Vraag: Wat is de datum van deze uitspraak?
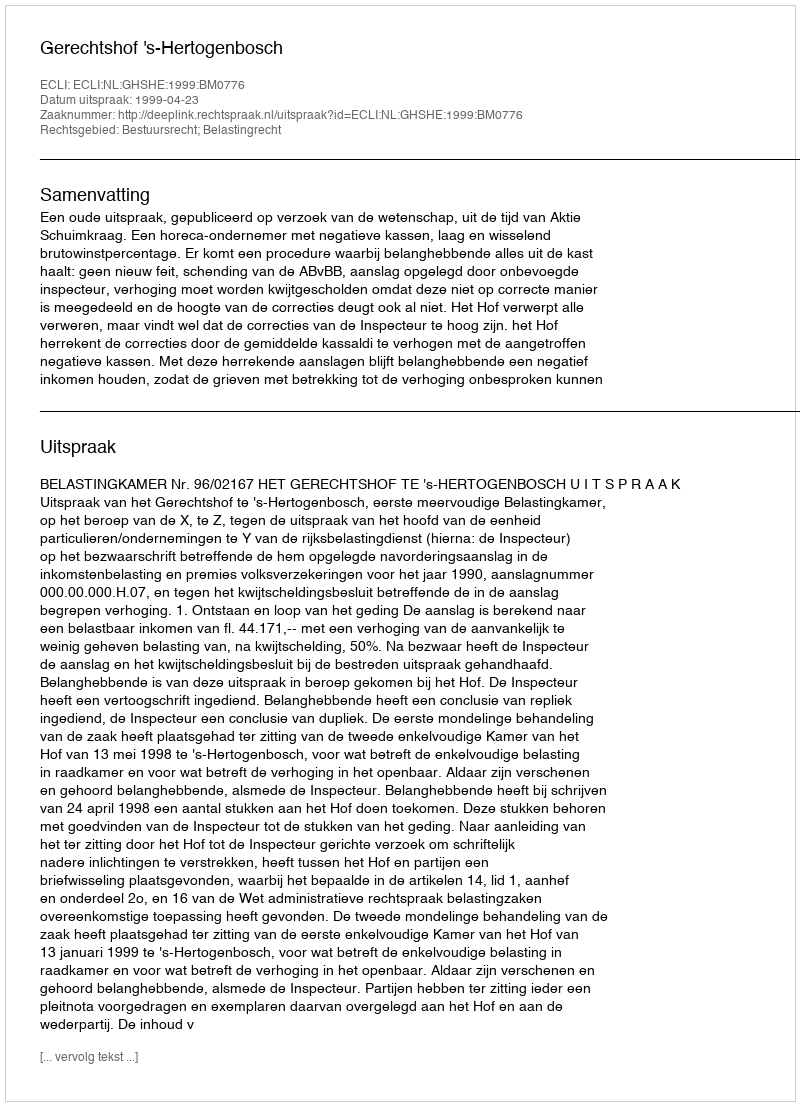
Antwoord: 1999-04-23